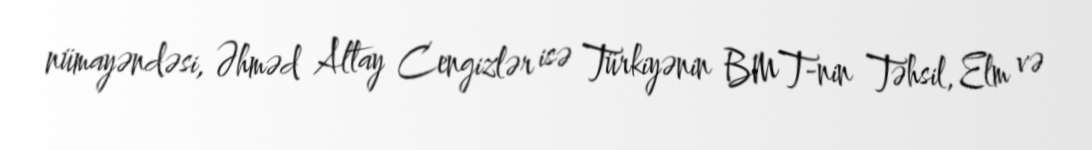
nümayəndəsi, Əhməd Altay Cengizlər isə Türkiyənin BMT-nin Təhsil, Elm və